Civil Veterinary Dept. Bombay admin report 1923-31 - 1923-1931
Year: 1923
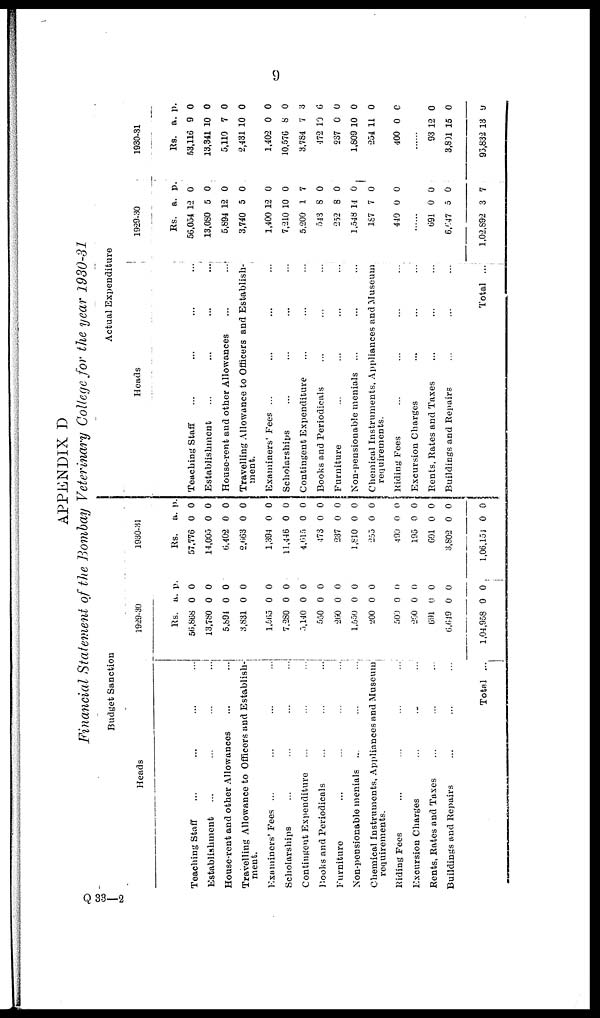
9
APPENDIX D
Financial Statement of the Bombay Veterinary College for the year 1930-31
Budget Sanction
Heads
Teaching Staff ... ... ... ...
Establishment ... ... ... ...
House-rent and other Allowances ... ...
Travelling Allowance to Officers and Establish-
ment.
Examiners' Fees ... ... ...
Scholarships ... ... ... ...
Contingent Expenditure ... ... ... ...
Books and Periodicals ... ... ... ...
Furniture ... ... ... ...
Non-pensionable menials ... ... ...
Chemical Instruments, Appliances and Museum
requirements.
Riding Fees ... ... ... ...
Excursion Charges ... ... ...
Rents, Rates and Taxes ... ... ...
Buildings and Repairs ... ... ...
Total ...
1929-30
Rs.
56,868
13,780
5,894
3,831
1,565
7,280
5,140
550
260
1,550
200
500
200
691
6,649
1,04,958
a.
0
0
0
0
0
0
0
0
0
0
0
0
0
0
0
0
p.
0
0
0
0
0
0
0
0
0
0
0
0
0
0
0
0
1930-31
Rs.
57,776
14,005
6,402
2,663
1,394
11,446
4,615
473
237
1,810
255
0
195
691
3,802
1,06,154
a.
0
0
0
0
0
0
0
0
0
0
0
0
0
0
0
0
p.
0
0
0
0
0
0
0
0
0
0
0
0
0
0
0
0
Actual Expenditure
Heads
Teaching Staff ... ... ... ...
Establishment
...
...
...
...
House-rent and other Allowances
...
...
Travelling Allowance to Officers and Establish-
ment.
Examiners' Fees ...
Scholarships ... ... ... ...
Contingent Expenditure ... ... ...
Books and Periodicals ... ... ...
Furniture ... ... ... ...
Non-pensionable menials ... ... ...
Chemical Instruments, Appliances and Museum
requirements.
Riding Fees ... ... ...
Excursion Charges
...
...
...
Rents, Rates and Taxes ... ... ...
Buildings and Repairs ... ... ...
Total ...
1929-30
Rs.
56,054
13,080
5,894
3,740
1,400
7,210
5,200
543
252
1,548
187
440
......
691
6,647
1,02,892
a.
12
5
12
5
12
10
1
8
8
14
7
0
0
5
3
p.
0
0
0
0
0
0
7
0
0
0
0
0
0
0
7
1930-31
Rs.
53,116
13,341
5,110
2,431
1,402
10,576
3,784
472
237
1,809
254
400
93
3,801
93,832
a.
9
10
7
10
0
8
7
10
0
10
11
0
12
15
13
p.
0
0
0
0
0
0
3
6
0
0
0
0
0
0
9
Q 33—2